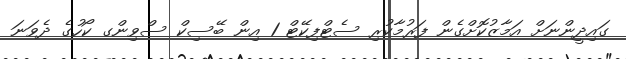
ގައިދީންނަށް އަމާޒުކޮށްގެން ފަރުމާކުރި ސެޓްފިކޭޓް 1 އިން ބޭސިކް ސްވިންގ ކޯހުގެ ދެވަނަ